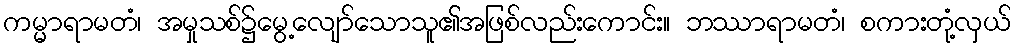
ကမ္မာရာမတံ၊ အမှုသစ်၌မွေ့လျော်သောသူ၏အဖြစ်လည်းကောင်း။ ဘဿာရာမတံ၊ စကားတုံ့လှယ်